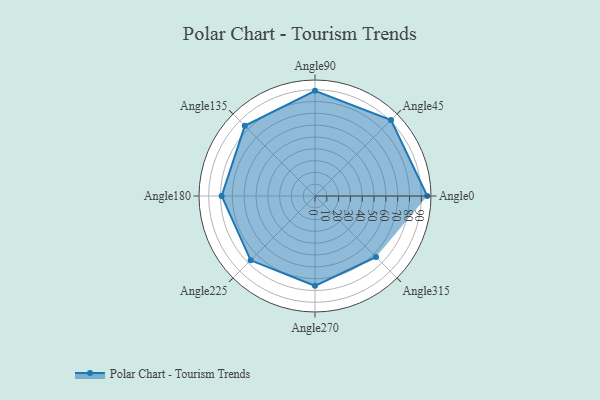
{"axis": {"x": "Angle", "y": "Radius"}, "legend": [""], "data": [{"x": "Angle0", "y": 95.0, "type": ""}, {"x": "Angle45", "y": 91.0, "type": ""}, {"x": "Angle90", "y": 89.0, "type": ""}, {"x": "Angle135", "y": 84.0, "type": ""}, {"x": "Angle180", "y": 79.0, "type": ""}, {"x": "Angle225", "y": 77.0, "type": ""}, {"x": "Angle270", "y": 76.0, "type": ""}, {"x": "Angle315", "y": 73.0, "type": ""}]}